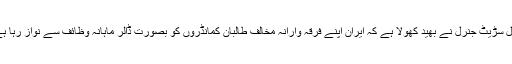
وال سڑیٹ جنرل نے بھید کھولا ہے کہ ایران اپنے فرقہ وارانہ مخالف طالبان کمانڈروں کو بصورت ڈالر ماہانہ وظائف سے نواز رہا ہے۔